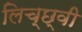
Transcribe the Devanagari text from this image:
लिच्छ्वी